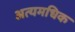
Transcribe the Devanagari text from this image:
अत्यमधिक